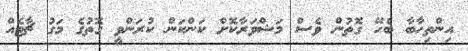
އިންތިހާބާ ބެހޭ ގޮތުން ވެސް މަޝްވަރާކޮށް ކަންކަން ކުރަންވީ ގޮތުގެ މަގު ޗާޓެއް